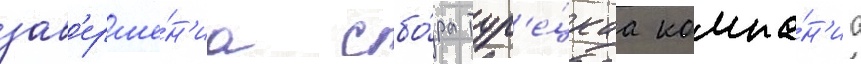
зав'ерше́н'иа сбо́ра тур'е́цкаа компа́н'иа